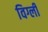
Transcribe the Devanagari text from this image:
विग्ली